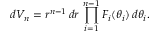
d V _ { n } = r ^ { n - 1 } \, d r \, \prod _ { i = 1 } ^ { n - 1 } F _ { i } ( \theta _ { i } ) \, d \theta _ { i } .